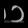
Digit: ၁